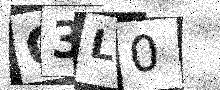
Text: Q3L0